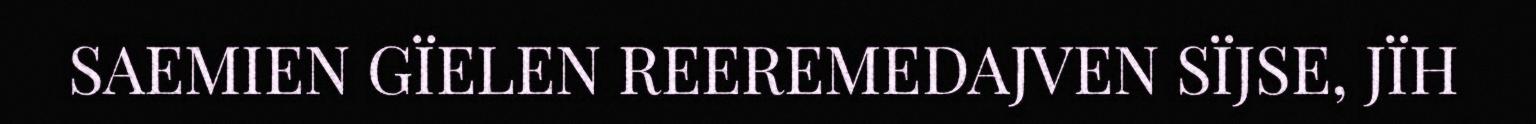
SAEMIEN GÏELEN REEREMEDAJVEN SÏJSE, JÏH